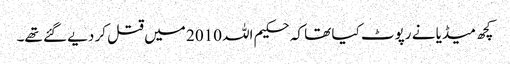
کچھ میڈیا نے رپوٹ کیا تھا کہ حکیم اللہ 2010 میں قتل کر دیے گئے تھے۔